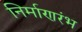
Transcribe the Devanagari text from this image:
निर्माणरंभ